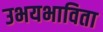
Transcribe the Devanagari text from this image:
उभयभाविता